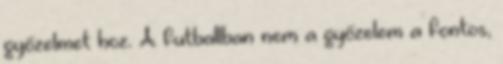
győzelmet hoz. A futballban nem a győzelem a fontos,